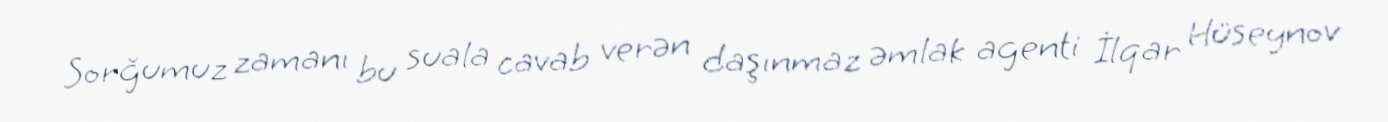
Sorğumuz zamanı bu suala cavab verən daşınmaz əmlak agenti İlqar Hüseynov